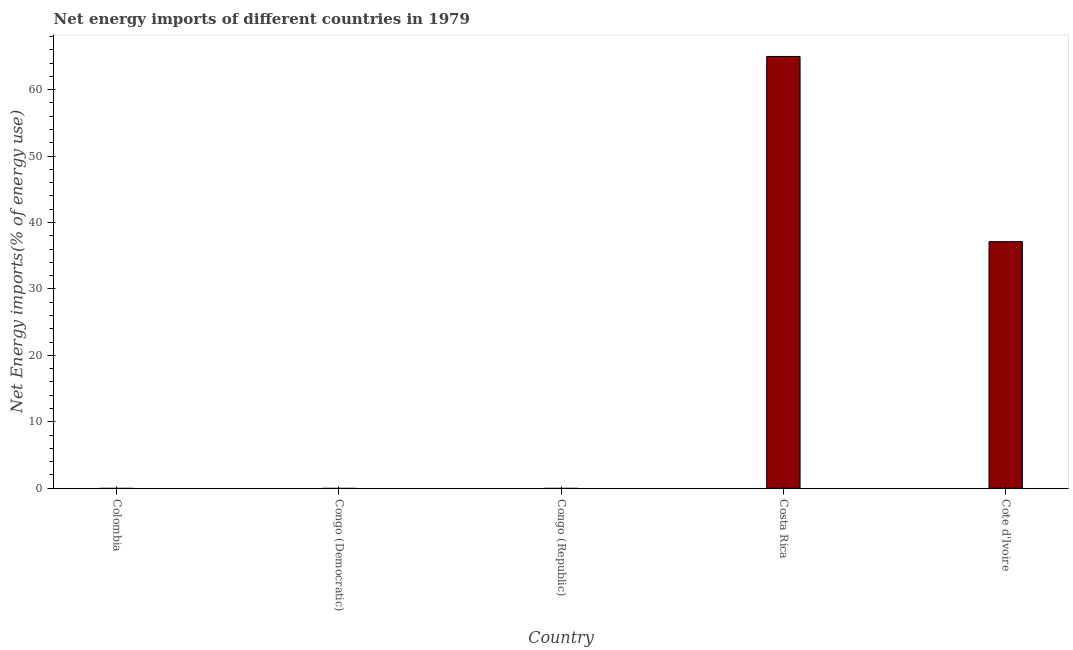
| Country | Energy imports |
 | --- | --- |
 | Colombia | -9.62 |
 | Congo (Democratic) | -0.645 |
 | Congo (Republic) | -440 |
 | Costa Rica | 65 |
 | Cote d'Ivoire | 37.1 |